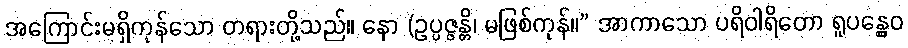
အကြောင်းမရှိကုန်သော တရားတို့သည်။ နော (ဥပ္ပဇ္ဇန္တိ၊ မဖြစ်ကုန်။” အာကာသော ပရိဝါရိတော ရူပန္တွေဝ